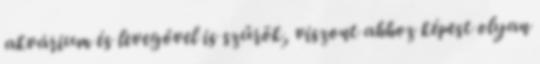
akvárium és levegővel is szűrök, viszont ahhoz képest olyan